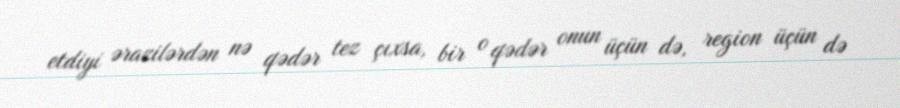
etdiyi ərazilərdən nə qədər tez çıxsa, bir o qədər onun üçün də, region üçün də